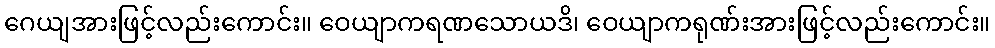
ဂေယျအားဖြင့်လည်းကောင်း။ ဝေယျာကရဏသောယဒိ၊ ဝေယျာကရုဏ်းအားဖြင့်လည်းကောင်း။